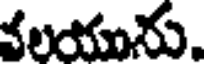
కలయును.